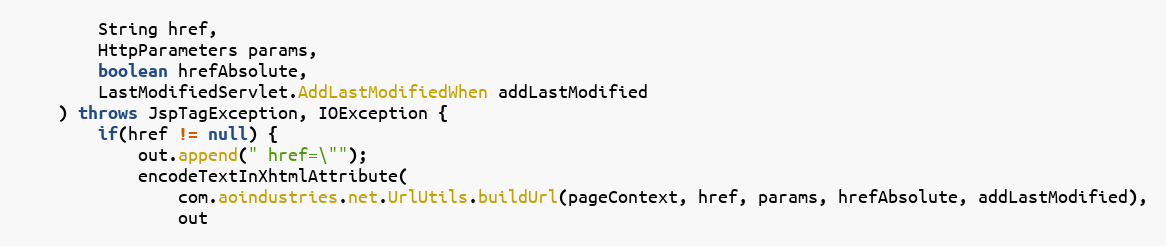
Language: Java
		String href,
		HttpParameters params,
		boolean hrefAbsolute,
		LastModifiedServlet.AddLastModifiedWhen addLastModified
	) throws JspTagException, IOException {
		if(href != null) {
			out.append(" href=\"");
			encodeTextInXhtmlAttribute(
				com.aoindustries.net.UrlUtils.buildUrl(pageContext, href, params, hrefAbsolute, addLastModified),
				out